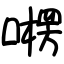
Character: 㘄